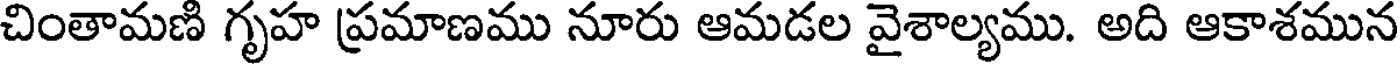
చింతామణి గృహ ప్రమాణము నూరు ఆమడల వైశాల్యము. అది ఆకాశమున